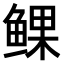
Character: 𫚝